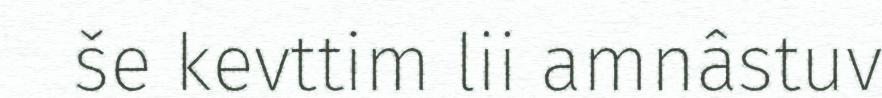
še kevttim lii amnâstuv